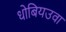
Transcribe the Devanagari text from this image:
धोबियउवा